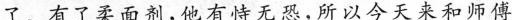
了有了面剂，他有恃无恐，所以今天来和师傅